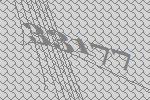
33177